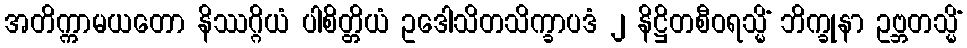
အတိက္ကာမယတော နိဿဂ္ဂိယံ ပါစိတ္တိယံ ဥဒေါသိတသိက္ခာပဒံ ၂ နိဋ္ဌိတစီဝရသ္မိံ ဘိက္ခုနာ ဥဗ္ဘတသ္မိံ